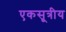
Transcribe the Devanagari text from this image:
एकसूत्रीय